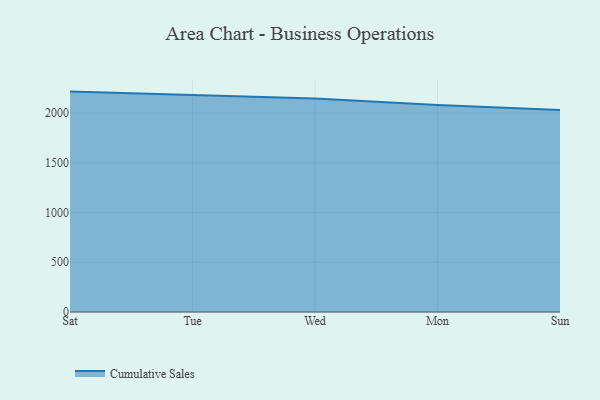
{"axis": {"x": "Day", "y": "Demand Index"}, "legend": ["Cumulative Sales"], "data": [{"x": "Sat", "y": 2216.4, "type": "Cumulative Sales"}, {"x": "Tue", "y": 2180.9, "type": "Cumulative Sales"}, {"x": "Wed", "y": 2147.6, "type": "Cumulative Sales"}, {"x": "Mon", "y": 2080.8, "type": "Cumulative Sales"}, {"x": "Sun", "y": 2031.6, "type": "Cumulative Sales"}]}